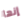
إنها